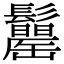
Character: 𩯾